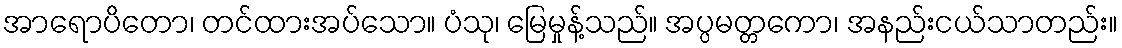
အာရောပိတော၊ တင်ထားအပ်သော။ ပံသု၊ မြေမှုန့်သည်။ အပ္ပမတ္တကော၊ အနည်းငယ်သာတည်း။